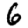
Digit: 6